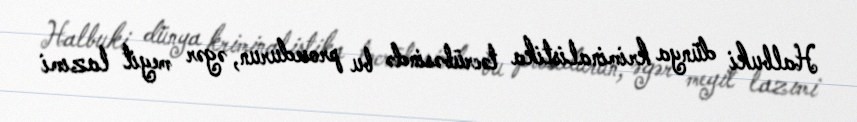
Halbuki dünya kriminalistika təcrübəsində bu prosedurun, əgər meyit lazımi